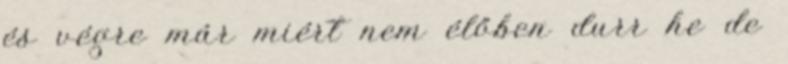
és végre már miért nem élőben durr he de